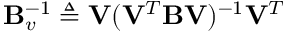
\mathbf { B } _ { v } ^ { - 1 } \triangleq \mathbf { V } ( \mathbf { V } ^ { T } \mathbf { B } \mathbf { V } ) ^ { - 1 } \mathbf { V } ^ { T }